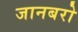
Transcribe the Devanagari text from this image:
जानबरो